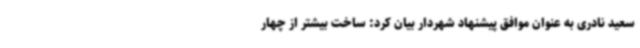
سعید نادری به عنوان موافق پیشنهاد شهردار بیان کرد: ساخت بیشتر از چهار